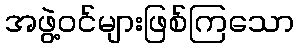
အဖွဲ့ဝင်များဖြစ်ကြသော